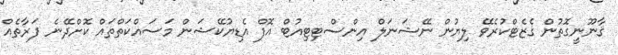
ޤާނޫނީގޮތުން ގެޒެޓްކުރެވޭ ލިޔުން ނޭޝަނަލް އިންސްޓިޓިއުޓް އޮފް އެޑިޔުކޭޝަން މަސައްކަތްތައް ކޮށްދޭނެ ފަރާތެއް